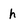
Character: h